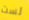
لست